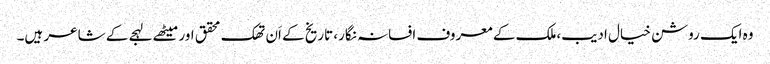
وہ ایک روشن خیال ادیب،ملک کے معروف افسانہ نگار، تاریخ کے اَن تھک محقق اور میٹھے لہجے کے شاعر ہیں۔